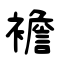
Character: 襜